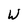
Character: W